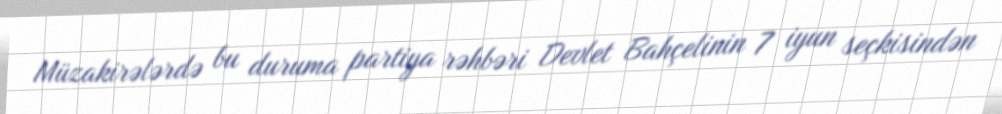
Müzakirələrdə bu duruma partiya rəhbəri Devlet Bahçelinin 7 iyun seçkisindən